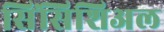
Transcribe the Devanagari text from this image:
सिंसिशिअल